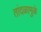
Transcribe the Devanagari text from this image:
तांदळामुळे